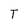
Character: T